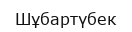
Шұбартүбек